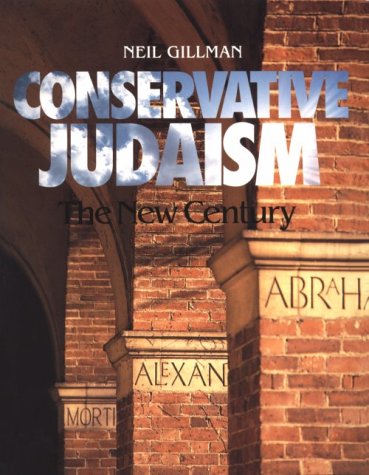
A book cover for Conservative Judaism: The New Century; Neil Gillman; Religion & Spirituality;